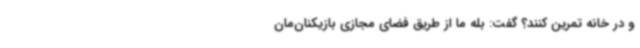
و در خانه تمرین کنند؟ گفت: بله ما از طریق فضای مجازی بازیکنان‌مان